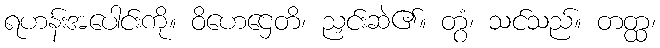
ရဟန်းအပေါင်းကို။ ဝိဟေဌေတိ၊ ညှင်းဆဲ၏။ တွံ၊ သင်သည်။ တတ္ထ၊